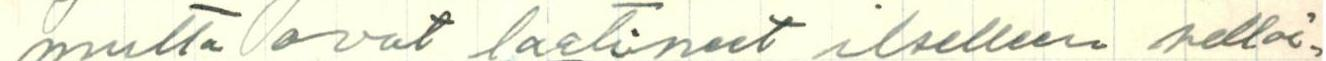
mutta ovat laatineet ilselleen sellai=